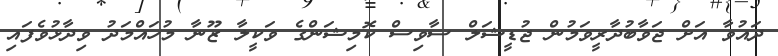
ދައުވާ އަށް ޖަވާބުދާރީވަމުން ޖުޑީޝަލް ސާވިސް ކޮމިޝަންގެ ވަކީލާ ޒޫނާ މުހައްމަދު ވިދާޅުވެފައި